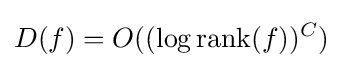
D(f)=O((\log \operatorname {rank} (f))^{C})